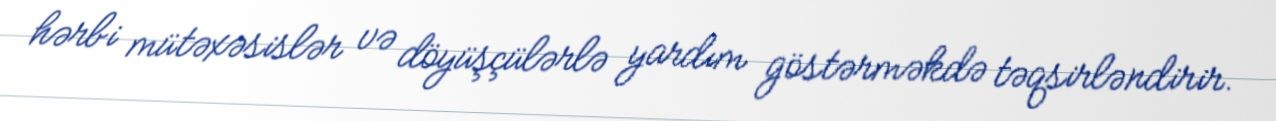
hərbi mütəxəsislər və döyüşçülərlə yardım göstərməkdə təqsirləndirir.